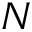
N